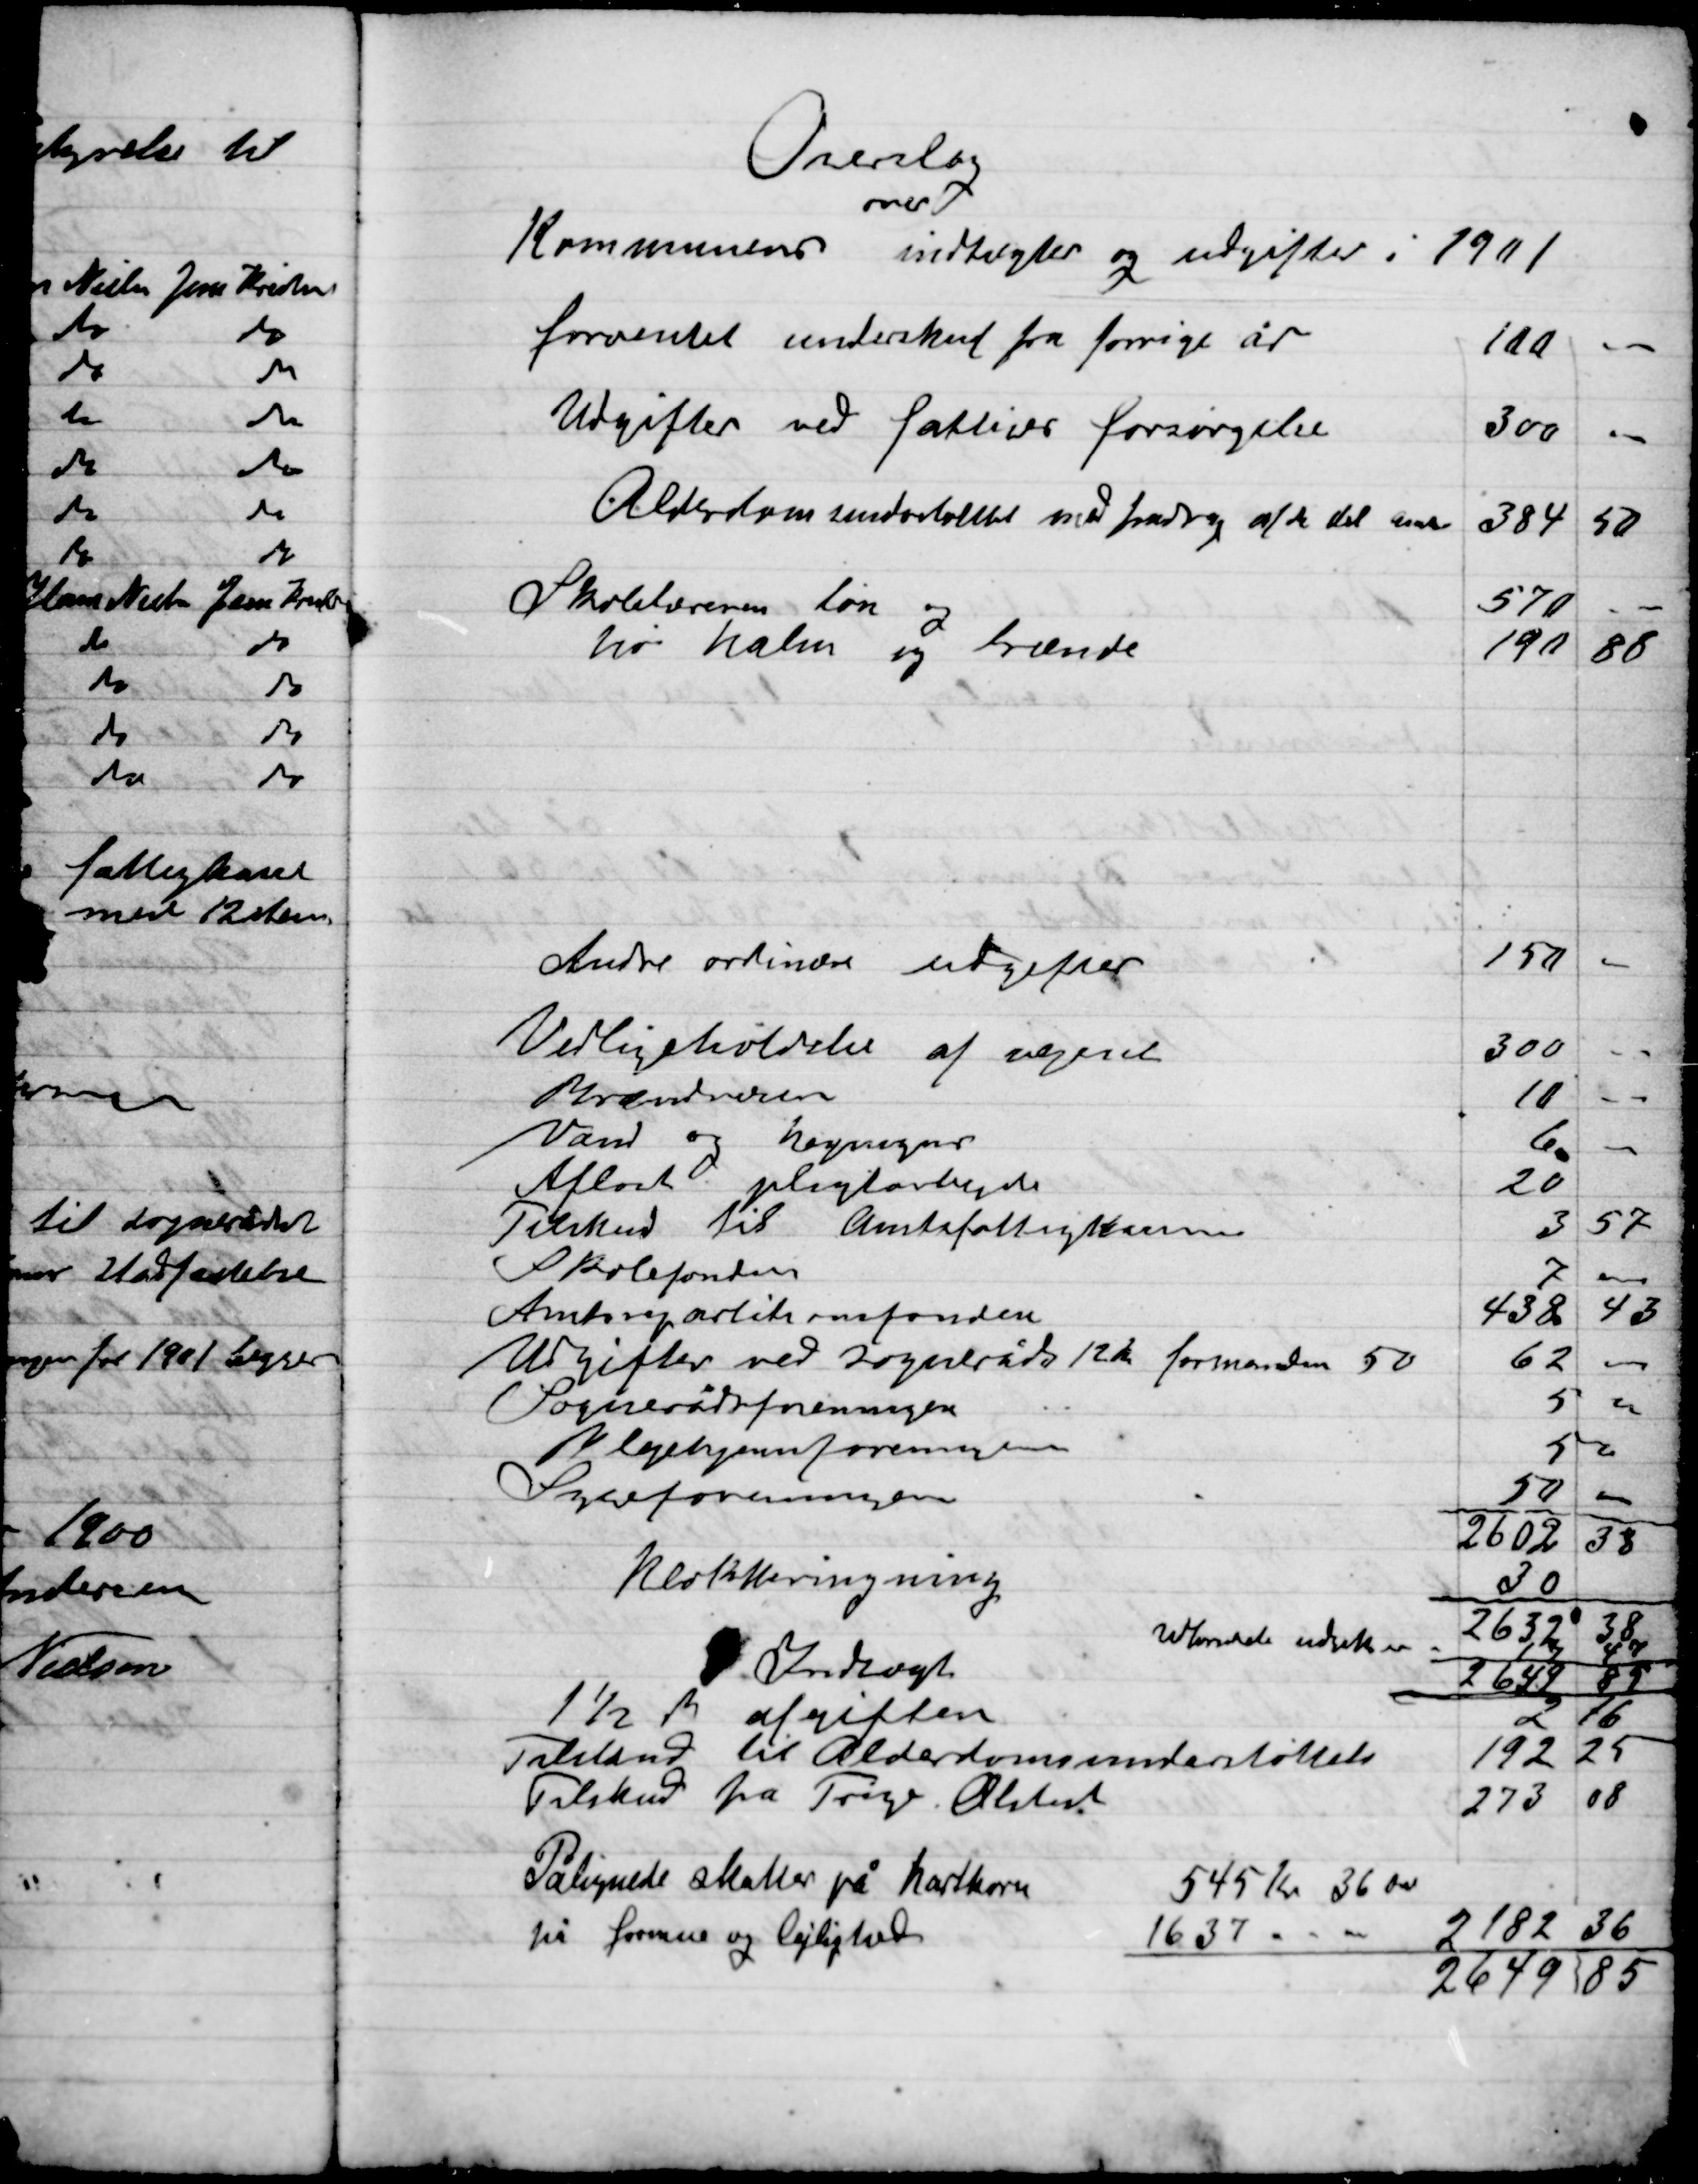
Transskription:
Overslag
over
Kommunens indtægter og udgifter i 1901